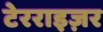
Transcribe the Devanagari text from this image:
टेरराइज़र